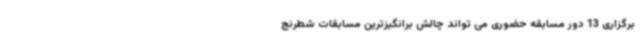
برگزاری 13 دور مسابقه حضوری می تواند چالش برانگیزترین مسابقات شطرنج